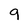
Character: 9